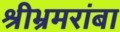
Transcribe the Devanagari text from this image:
श्रीभ्रमरांबा